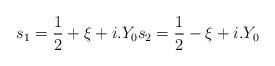
LaTeX: \begin{align*}s_1=\frac{1}{2}+\xi +i.Y_0 s_2=\frac{1}{2}-\xi +i.Y_0\end{align*}